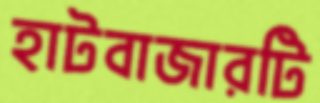
হাটবাজারটি